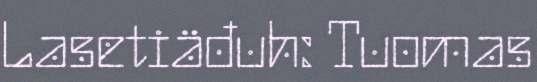
Lasetiäđuh: Tuomas